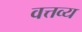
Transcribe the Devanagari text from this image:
वत्तव्य